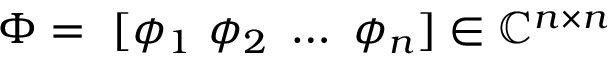
\b { \Phi } = \ [ \b { \phi } _ { 1 } \ \b { \phi } _ { 2 } \ \dotsc \ \b { \phi } _ { n } ] \in \mathbb { C } ^ { n \times n }